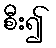
စီး၍